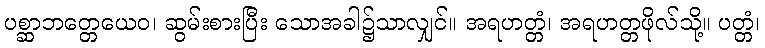
ပစ္ဆာဘတ္တေယေဝ၊ ဆွမ်းစားပြီး သောအခါ၌သာလျှင်။ အရဟတ္တံ၊ အရဟတ္တဖိုလ်သို့။ ပတ္တံ၊